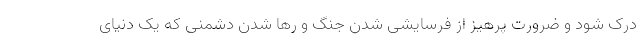
درک شود و ضرورت پرهیز از فرسایشی شدن جنگ و رها شدن دشمنی که یک دنیای